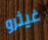
غيثرو